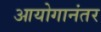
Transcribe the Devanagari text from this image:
आयोगानंतर